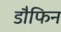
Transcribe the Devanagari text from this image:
डौफिन